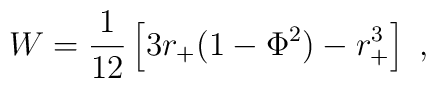
W={1\over 12} \left[ 3 r_+(1-\Phi^2)-r_+^3\right]\ ,